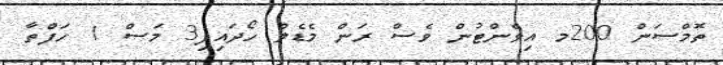
ތޮމްސަން 200މ އިވެންޓުން ވެސް ރަން މެޑެލް ހޯދައިފި3 މަސް 1 ހަފްތާ